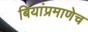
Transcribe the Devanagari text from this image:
बियांप्रमाणेच